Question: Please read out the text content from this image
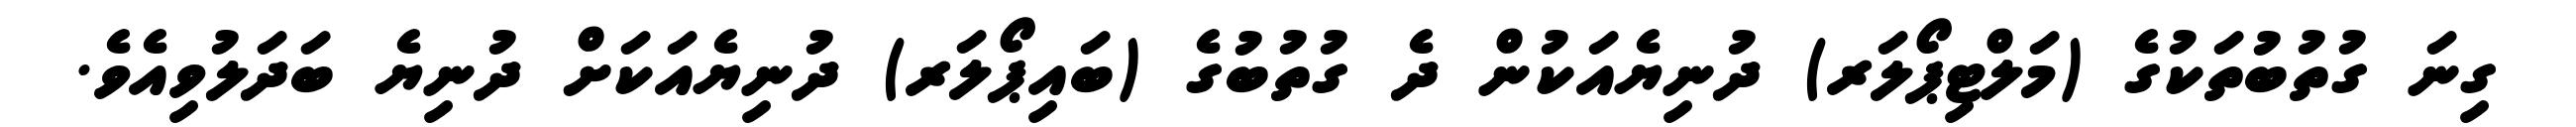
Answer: ގިނަ ގުތުބުތަކުގެ (މަލްޓިޕޯލަރ) ދުނިޔެއަކުން ދެ ގުތުބުގެ (ބައިޕޯލަރ) ދުނިޔެއަކަށް ދުނިޔެ ބަދަލުވިއެވެ.